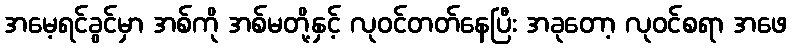
အမေ့ရင်ခွင်မှာ အစ်ကို အစ်မတို့နှင့် လုဝင်တတ်နေပြီး အခုတော့ လုဝင်စရာ အဖေ